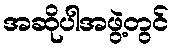
အဆိုပါအဖွဲ့တွင်